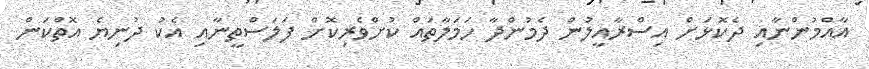
އާއްމުންނާއި ދެކޮޅަށް އިސްރާއީލުން ދެމުންދާ ހަމަލާތައް ކުށްވެރިކޮށް ފަލަސްތީނާއި އެކު ދުނިޔެ އޮތްކަން